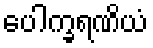
ပေါက္ခရဏိယံ